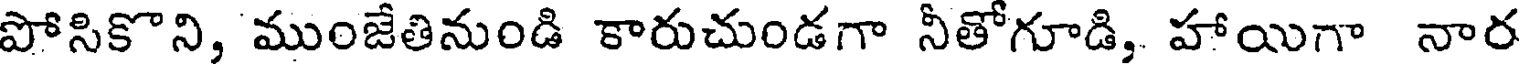
పోసికొని, ముంజేతినుండి కారుచుండగా నీతోగూడి, హాయిగా నార